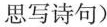
思写诗句)